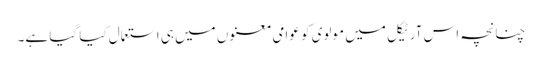
چنانچہ اس آرٹیکل میں مولوی کو عوامی معنوں میں ہی استعمال کیا گیا ہے۔